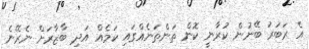
އެ ރަބަރު ބޭނުން ކުރާނީ ކޮން ތަންތަނެއްގައި ކަމެއް އަދި ބާޒާރަށް ނެރޭނެ